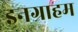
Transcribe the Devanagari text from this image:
इनग्राहम